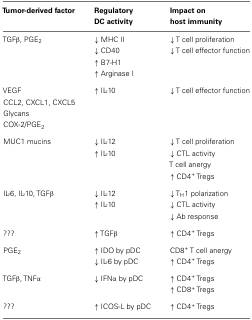
| Tumor-derived factor | RegulatoryDC activity | Impact onhost immunity |
 | --- | --- | --- |
 | TGFβ, PGE2 | ↓MHC II | ↓T cell proliferation |
 |  | ↓CD40 | ↓T cell effector function |
 |  | ↑B7-H1 |  |
 |  | ↑Arginase I |  |
 | VEGF | ↑IL-10 | ↓T cell effector function |
 | CCL2, CXCL1, CXCL5 |  |  |
 | Glycans |  |  |
 | COX-2/PGE2 |  |  |
 | MUC1 mucins | ↓IL-12 | ↓T cell proliferation |
 |  | ↑IL-10 | ↓CTL activity |
 |  |  | T cell anergy |
 |  |  | ↑CD4+ Tregs |
 | IL-6, IL-10, TGFβ | ↓IL-12 | ↓TH1 polarization |
 |  | ↑IL-10 | ↓CTL activity |
 |  |  | ↓Ab response |
 | ??? | ↑TGFβ | ↑CD4+ Tregs |
 | PGE2 | ↑IDO by pDC | CD8+ T cell anergy |
 |  | ↓IL-6 by pDC | ↑CD4+ Tregs |
 | TGFβ, TNFα | ↓IFNα by pDC | ↑CD4+ Tregs |
 |  |  | ↑CD8+ Tregs |
 | ??? | ↑ICOS-L by pDC | ↑CD4+ Tregs |